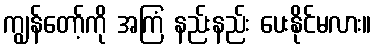
ကျွန်တော့်ကို အကြံ နည်းနည်း ပေးနိုင်မလား။